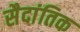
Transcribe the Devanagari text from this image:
सैदांतिक